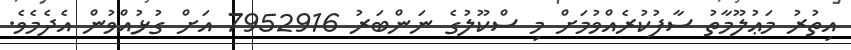
އިތުރު މަޢުލޫމާތު ސާފުކުރެއްވުމަށް މި ސްކޫލުގެ ނަންބަރު 7952916 އަށް ގުޅުއްވުން އެދެމެވެ.